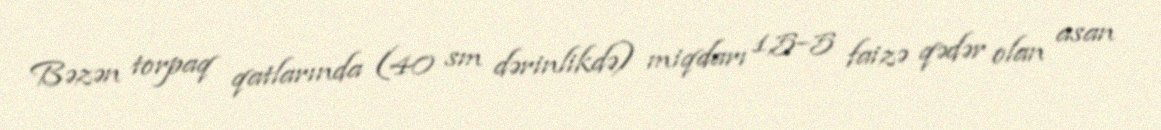
Bəzən torpaq qatlarında (40 sm dərinlikdə) miqdarı 1,5–5 faizə qədər olan asan